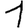
Digit: 1